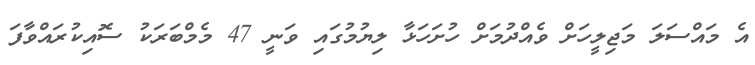
އެ މައްސަލަ މަޖިލީހަށް ވެއްދުމަށް ހުށަހަޅާ ލިޔުމުގައި ވަނީ 47 މެމްބަރަކު ސޮއިކުރައްވާފަ